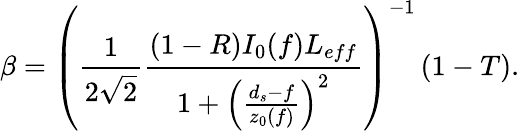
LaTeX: \beta=\left(\frac{1}{2\sqrt{2}}\frac{(1-R)I_{0}(f)L_{eff}}{1+\left(\frac{d_{s}-f}{z_{0}(f)}\right)^{2}}\right)^{-1}\left(1-T\right).